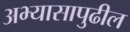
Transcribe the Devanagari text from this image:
अभ्यासापुढील